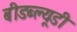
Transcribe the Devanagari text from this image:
बीडब्ल्यूडी